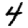
Digit: 4